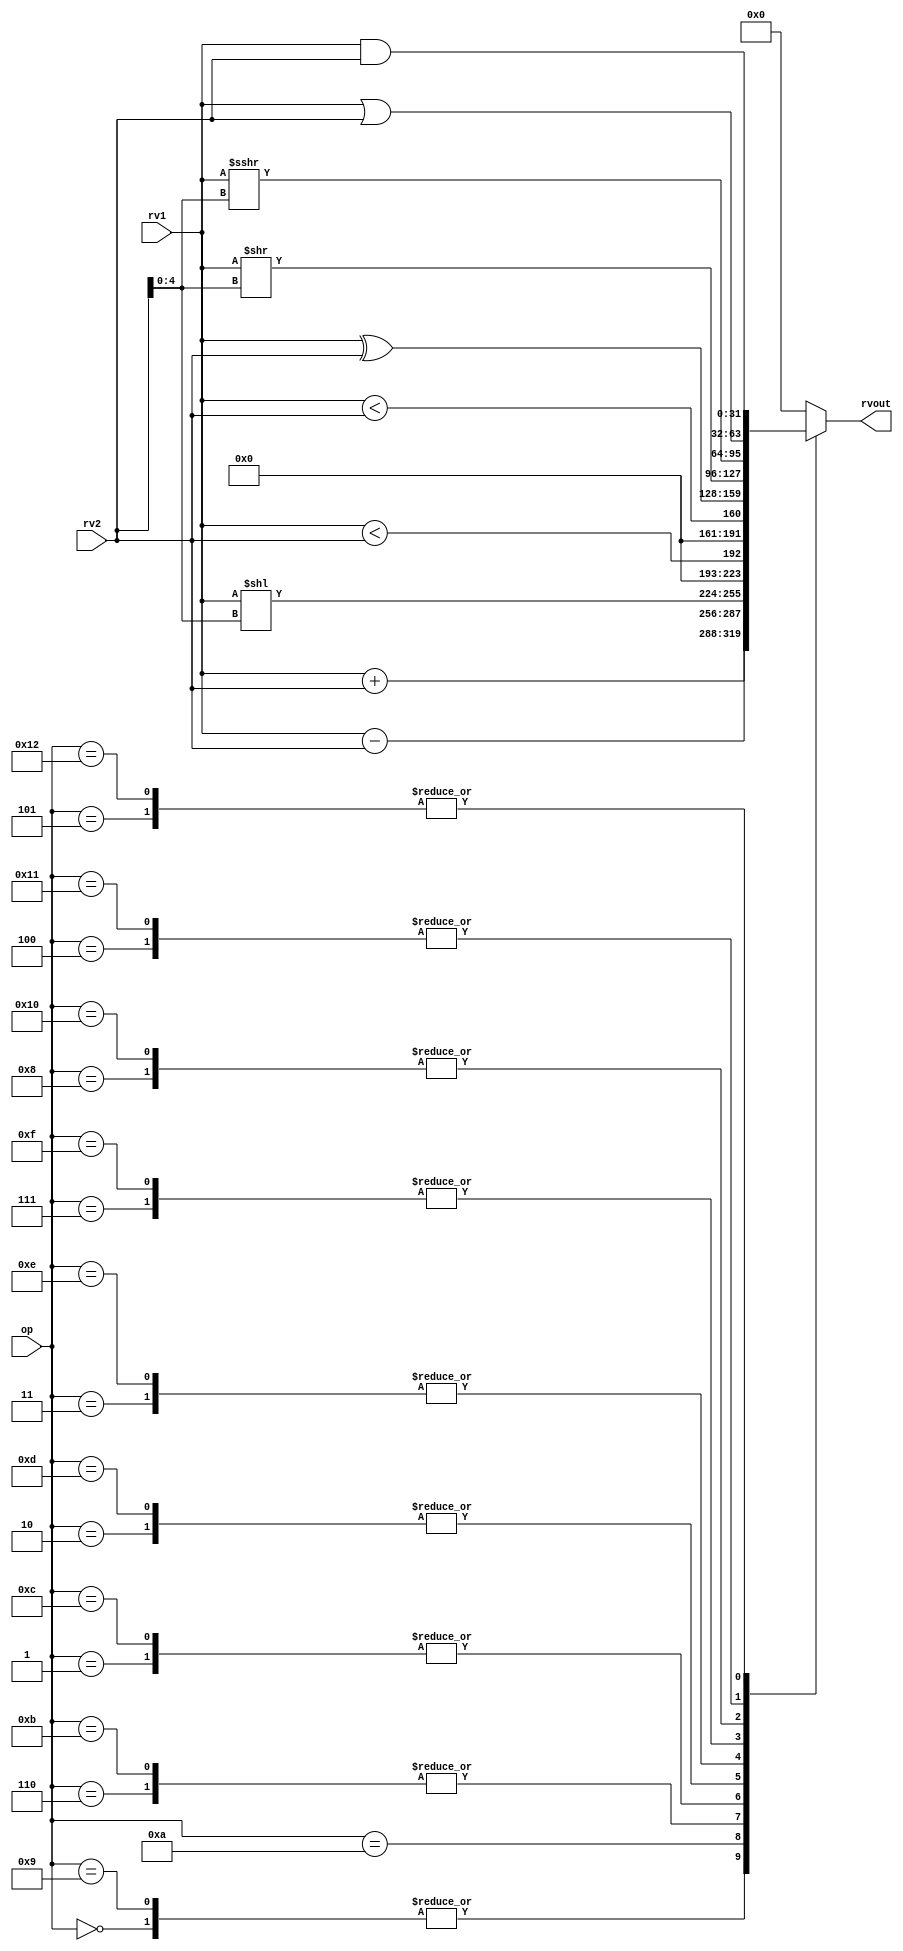
module alu32(
    input [5:0] op,      // some input encoding of your choice
    input [31:0] rv1,    // First operand
    input [31:0] rv2,    // Second operand
    output [31:0] rvout  // Output value
);

// ALU is a combinational block, no clk inputs
// write case statements...
reg [31:0] rvout;

always @(*)
begin
    case(op)
    'd0  : rvout <= rv1 + rv2;                                     // 1        ADDI
    'd1  : rvout <= {{31{1'b0}}, ($signed(rv1) < $signed(rv2))};   // 2        SLTI
    'd2  : rvout <= {{31{1'b0}}, (rv1 < rv2) };                    // 3        SLTIU
    'd3  : rvout <= rv1 ^ rv2;                                     // 4        XORI
    'd4  : rvout <= rv1 | rv2;                                     // 5        ORI
    'd5  : rvout <= rv1 & rv2;                                     // 6        ANDI
    'd6  : rvout <= rv1 << rv2[4:0];                               // 7        SLLI
    'd7  : rvout <= rv1 >> rv2[4:0];                               // 8        SRLI
    'd8  : rvout <= $signed(rv1) >>> rv2[4:0];                     // 9        SRAI ...
    'd9  : rvout <= rv1 + rv2;                                     // 10       ADD
    'd10 : rvout <= rv1 - rv2;                                     // 11       SUB
    'd11 : rvout <= rv1 << rv2[4:0];                               // 12       SLL
    'd12 : rvout <= { {31{1'b0}}, ($signed(rv1) < $signed(rv2))};  // 13       SLT
    'd13 : rvout <= { {31{1'b0}}, (rv1 < rv2) };                   // 14       SLTU
    'd14 : rvout <= rv1 ^ rv2;                                     // 15       XOR
    'd15 : rvout <= rv1 >> rv2[4:0];                               // 16       SRL
    'd16 : rvout <= $signed(rv1) >>> rv2[4:0];                     // 17       SRA          is signed necessary here ....?
    'd17 : rvout <= rv1 | rv2;                                     // 18       OR
    'd18 : rvout <= rv1 & rv2;                                     // 19       AND
    default : rvout <= 0;
    endcase                                 
end

endmodule